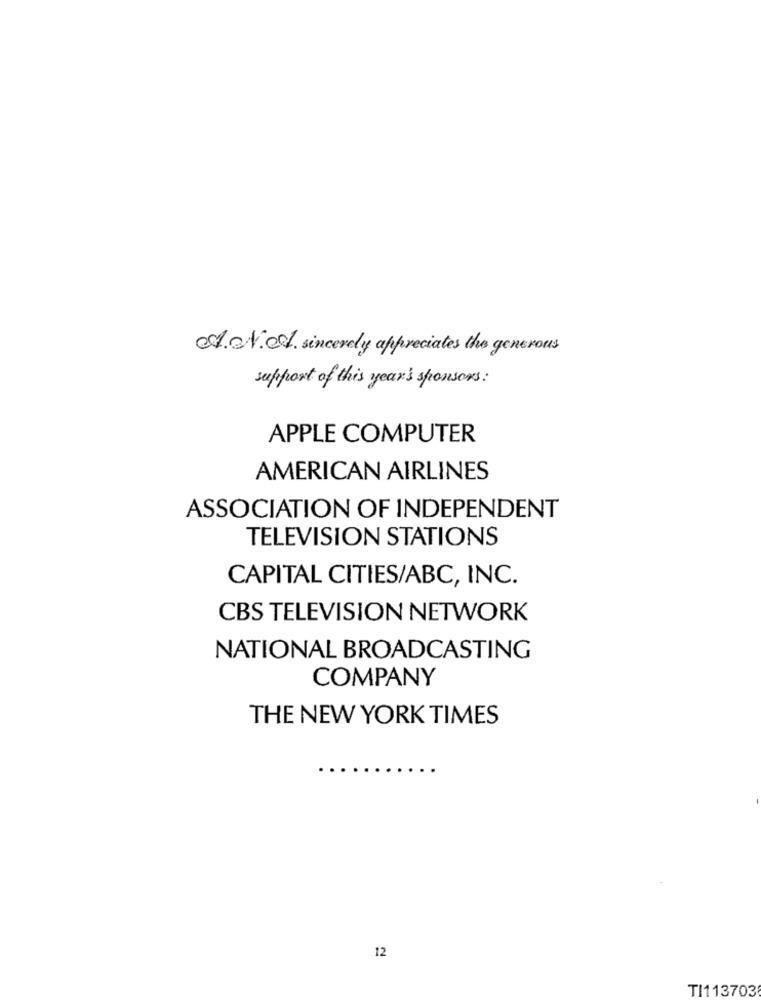
C. V.O. sincerely appreciates the generous
support of this year's sponsors:
APPLE COMPUTER
AMERICAN AIRLINES
ASSOCIATION OF INDEPENDENT
TELEVISION STATIONS
CAPITAL CITIES/ABC, INC.
CBS TELEVISION NETWORK
NATIONAL BROADCASTING
COMPANY
THE NEW YORK TIMES
12
TI113703